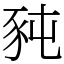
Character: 豘